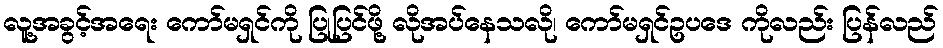
လူ့အခွင့်အရေး ကော်မရှင်ကို ပြုပြင်ဖို့ လိုအပ်နေသလို၊ ကော်မရှင်ဥပဒေ ကိုလည်း ပြန်လည်